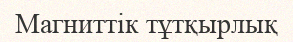
Магниттік тұтқырлық